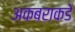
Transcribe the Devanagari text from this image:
अकबराकडे